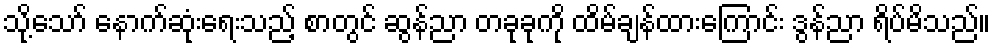
သို့သော် နောက်ဆုံးရေးသည့် စာတွင် ဆွန်ညာ တခုခုကို ထိမ်ချန်ထားကြောင်း ဒွန်ညာ ရိပ်မိသည်။